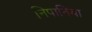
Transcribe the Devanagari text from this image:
निपानिया